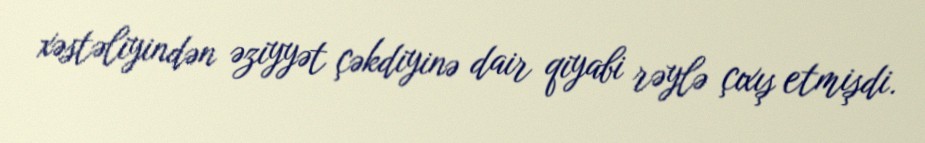
xəstəliyindən əziyyət çəkdiyinə dair qiyabi rəylə çıxış etmişdi.